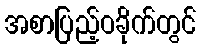
အစာပြည့်ဝခိုက်တွင်